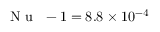
\mathrm { ~ \textit ~ { ~ N ~ u ~ } ~ } - 1 = 8 . 8 \times 1 0 ^ { - 4 }